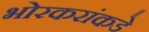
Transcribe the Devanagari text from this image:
भोरकरांकडे